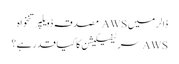
ڈالر میں AWS مصدقہ ڈویلپر تنخواہ
AWS سرٹیفیکیشن کا کیا قدر ہے؟